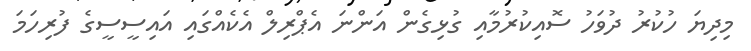
މިދިޔަ ހުކުރު ދުވަހު ސޮއިކުރުމާއި ގުޅިގެން އަންނަ އެޕްރިލް އެކެއްގައި އައިސީސީގެ ފުރިހަމަ